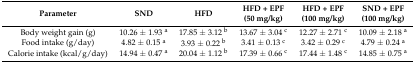
<table><thead><tr><td><b>Parameter</b></td><td><b>SND</b></td><td><b>HFD</b></td><td><b>HFD + EPF (50 mg/kg)</b></td><td><b>HFD + EPF (100 mg/kg)</b></td><td><b>SND + EPF (100 mg/kg)</b></td></tr></thead><tbody><tr><td>Body weight gain (g)</td><td>10.26 ± 1.93 <sup>a</sup></td><td>17.85 ± 3.12 <sup>b</sup></td><td>13.67 ± 3.04 <sup>c</sup></td><td>12.27 ± 2.71 <sup>c</sup></td><td>10.09 ± 2.18 <sup>a</sup></td></tr><tr><td>Food intake (g/day)</td><td>4.82 ± 0.15 <sup>a</sup></td><td>3.93 ± 0.22 <sup>b</sup></td><td>3.41 ± 0.13 <sup>c</sup></td><td>3.42 ± 0.29 <sup>c</sup></td><td>4.79 ± 0.24 <sup>a</sup></td></tr><tr><td>Calorie intake (kcal/g/day)</td><td>14.94 ± 0.47 <sup>a</sup></td><td>20.04 ± 1.12 <sup>b</sup></td><td>17.39 ± 0.66 <sup>c</sup></td><td>17.44 ± 1.48 <sup>c</sup></td><td>14.85 ± 0.75 <sup>a</sup></td></tr></tbody></table>